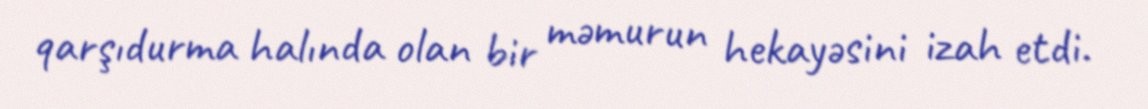
qarşıdurma halında olan bir məmurun hekayəsini izah etdi.